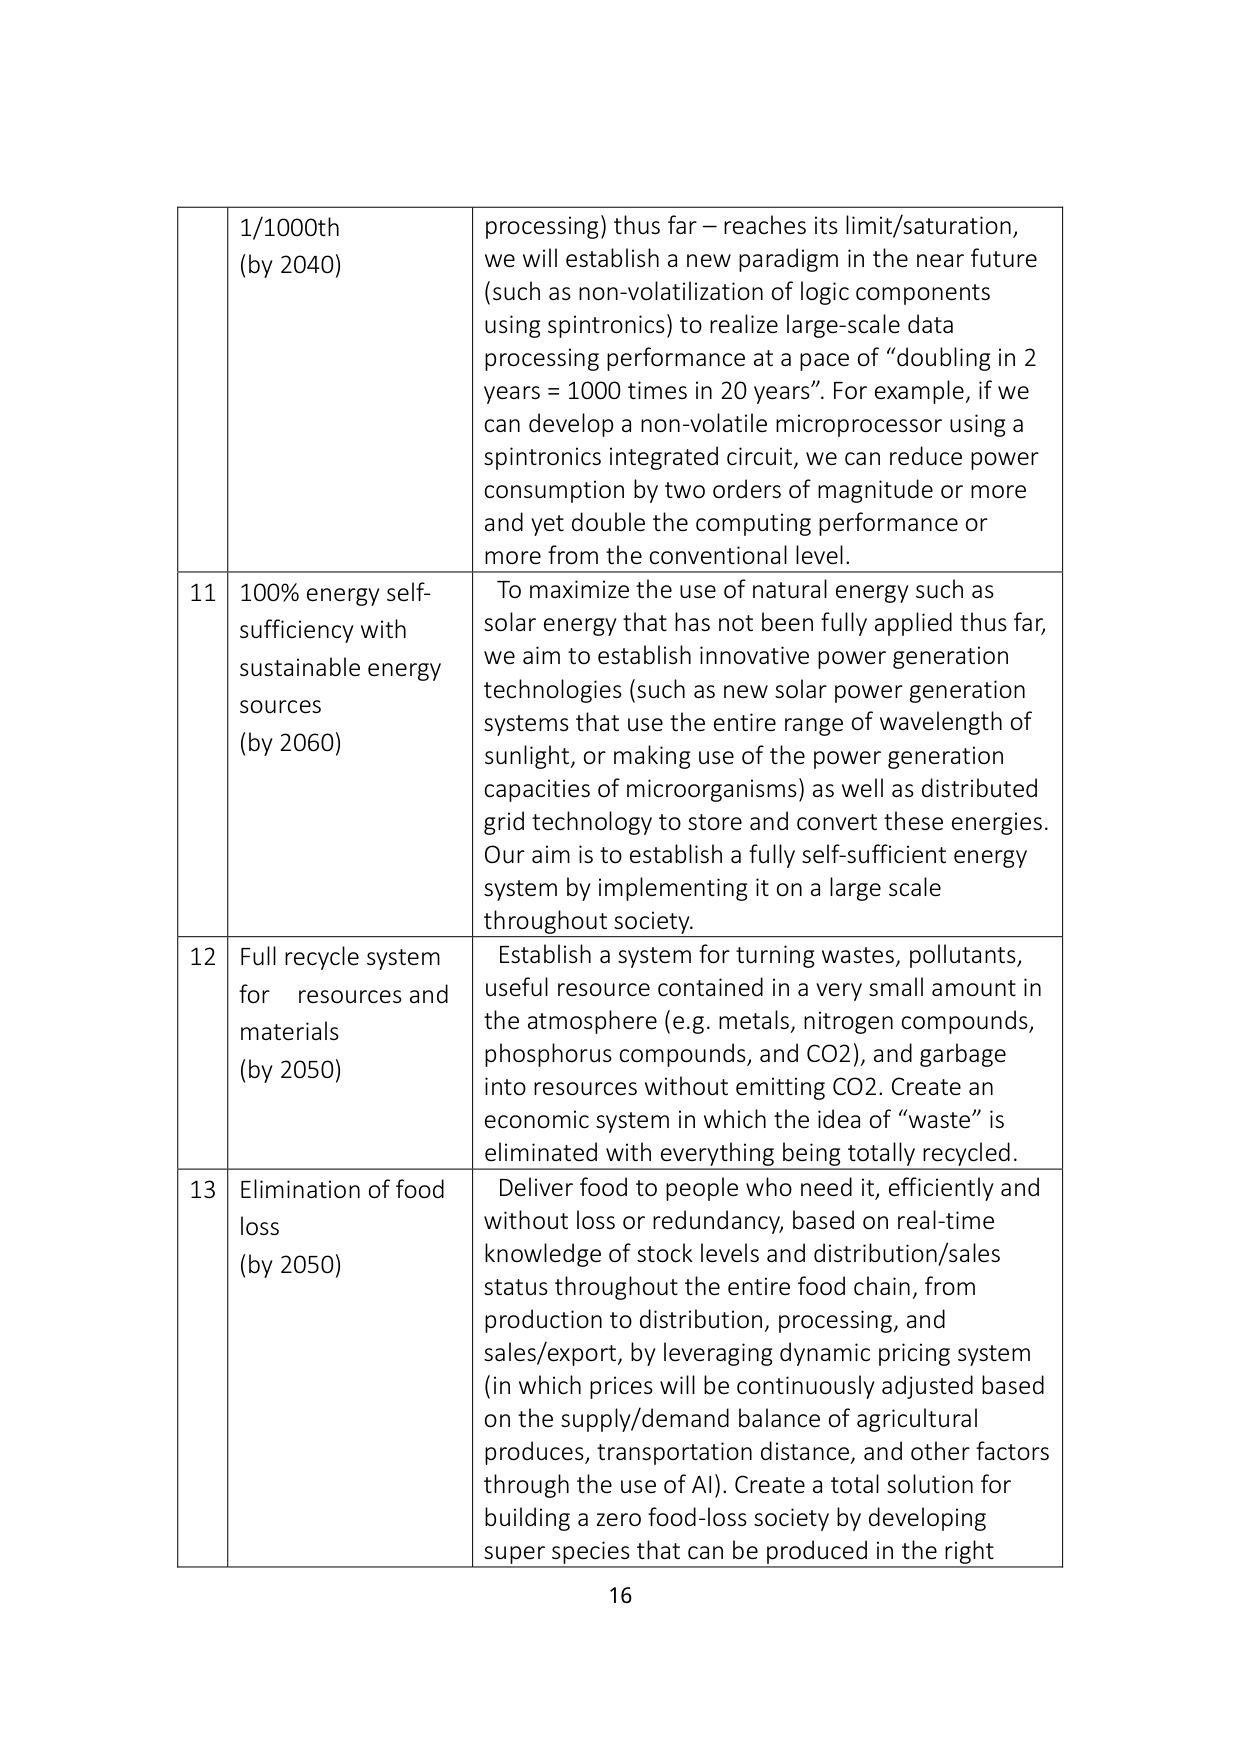
1/1000th
(by 2040)
processing) thus far – reaches its limit/saturation,
we will establish a new paradigm in the near future
(such as non-volatilization of logic components
using spintronics) to realize large-scale data
processing performance at a pace of “doubling in 2
years = 1000 times in 20 years”. For example, if we
can develop a non-volatile microprocessor using a
spintronics integrated circuit, we can reduce power
consumption by two orders of magnitude or more
and yet double the computing performance or
more from the conventional level.

11
100% energy self-
sufficiency with
sustainable energy
sources
(by 2060)
To maximize the use of natural energy such as
solar energy that has not been fully applied thus far,
we aim to establish innovative power generation
technologies (such as new solar power generation
systems that use the entire range of wavelength of
sunlight, or making use of the power generation
capacities of microorganisms) as well as distributed
grid technology to store and convert these energies.
Our aim is to establish a fully self-sufficient energy
system by implementing it on a large scale
throughout society.

12
Full recycle system
for resources and
materials
(by 2050)
Establish a system for turning wastes, pollutants,
useful resource contained in a very small amount in
the atmosphere (e.g. metals, nitrogen compounds,
phosphorus compounds, and CO2), and garbage
into resources without emitting CO2. Create an
economic system in which the idea of “waste” is
eliminated with everything being totally recycled.

13
Elimination of food
loss
(by 2050)
Deliver food to people who need it, efficiently and
without loss or redundancy, based on real-time
knowledge of stock levels and distribution/sales
status throughout the entire food chain, from
production to distribution, processing, and
sales/export, by leveraging dynamic pricing system
(in which prices will be continuously adjusted based
on the supply/demand balance of agricultural
produces, transportation distance, and other factors
through the use of AI). Create a total solution for
building a zero food-loss society by developing
super species that can be produced in the right

16